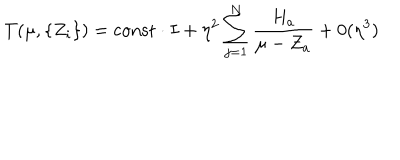
T ( \mu , \{ Z _ { i } \} ) = { \mathrm { c o n s t } } \cdot I + \eta ^ { 2 } \sum _ { j = 1 } ^ { N } \frac { H _ { a } } { \mu - Z _ { a } } + 0 ( \eta ^ { 3 } )